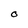
Character: O